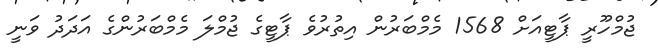
ޖުމްހޫރީ ޕާޓީއަށް 1568 މެމްބަރުން އިތުރުވެ ޕާޓީގެ ޖުމްލަ މެމްބަރުންގެ އަދަދު ވަނީ